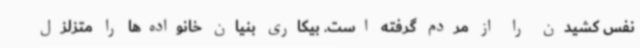
نفس کشیدن را از مردم گرفته است. بیکاری بنیان خانواده‌ها را متزلزل